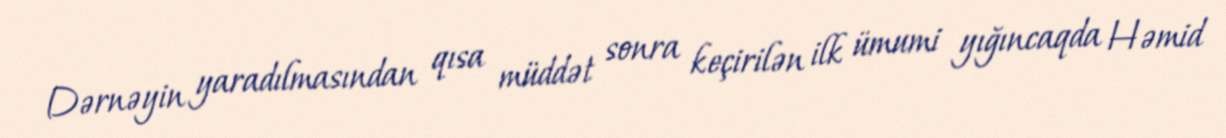
Dərnəyin yaradılmasından qısa müddət sonra keçirilən ilk ümumi yığıncaqda Həmid